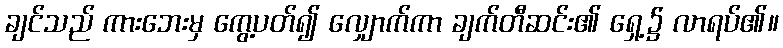
ချင်သည် ကားဘေးမှ ကွေ့ပတ်၍ လျှောက်ကာ ချက်တီဆင်း၏ ရှေ့၌ လာရပ်၏။